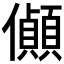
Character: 𪝽